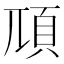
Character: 䪲